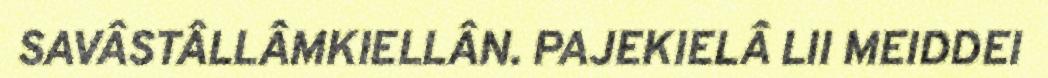
SAVÂSTÂLLÂMKIELLÂN. PAJEKIELÂ LII MEIDDEI